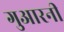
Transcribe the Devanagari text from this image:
गुआरनी